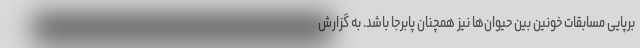
برپایی مسابقات خونین بین حیوان‌ها نیز همچنان پابرجا باشد. به گزارش